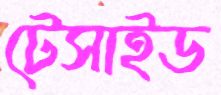
টেসাইড